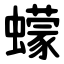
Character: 蠓